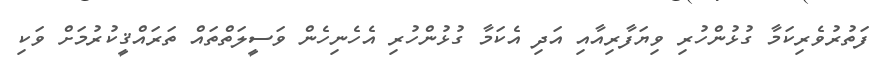
ފަތުރުވެރިކަމާ ގުޅުންހުރި ވިޔަފާރިއާއި އަދި އެކަމާ ގުޅުންހުރި އެހެނިހެން ވަސީލަތްތައް ތަރައްޤީކުރުމަށް ވަކި